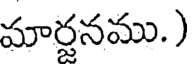
మార్జనము. )